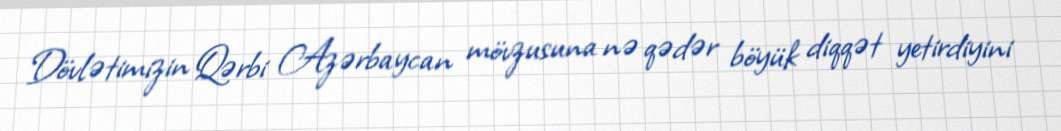
Dövlətimizin Qərbi Azərbaycan mövzusuna nə qədər böyük diqqət yetirdiyini